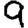
Digit: 9